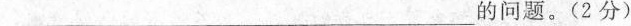
___的问题。(2分)